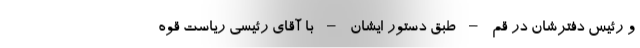
و رئیس دفترشان در قم – طبق دستور ایشان – با آقای رئیسی ریاست قوه